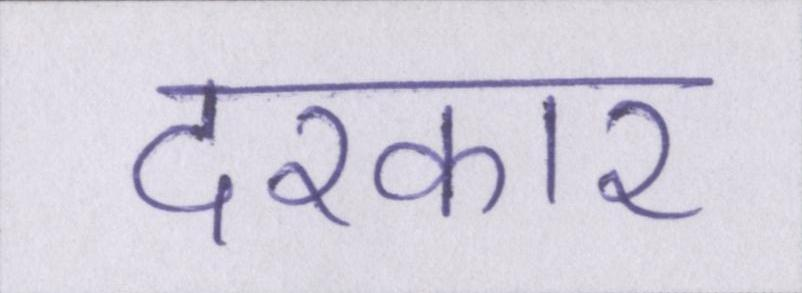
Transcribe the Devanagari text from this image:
दरकार